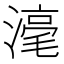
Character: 𣻼